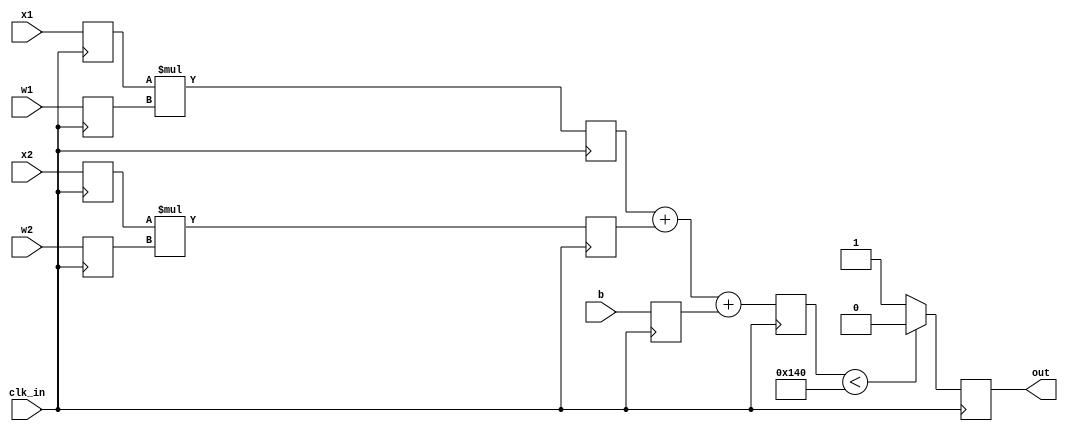
module perceptron(x1, x2, w1, w2, b, clk_in, out);
  parameter N = 8;
	input clk_in;
	input [(N - 1):0] x1, x2, w1, w2;
	input [(N * 2) - 1: 0] b;
	output reg out = 0;
  
	reg [(N - 1):0] xx1, xx2, ww1, ww2;
	reg [(N * 2) - 1: 0] xw1, xw2, sum, b2 = 0;
	
	always @(posedge(clk_in)) begin
    xx1 <= x1;
    xx2 <= x2;
    ww1 <= w1;
    ww2 <= w2;
	  xw1 <= xx1 * ww1;
	  xw2 <= xx2 * ww2;
	  sum <= xw1 + xw2 + b2;
    b2  <= b;
	  if(sum < 320)
        out <= 0;
	  else
	      out <= 1; 
	end

endmodule